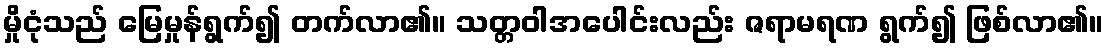
မှိုငုံသည် မြေမှုန်ရွက်၍ တက်လာ၏။ သတ္တဝါအပေါင်းလည်း ဇရာမရဏ ရွက်၍ ဖြစ်လာ၏။